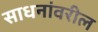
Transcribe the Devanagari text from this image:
साधनांवरील